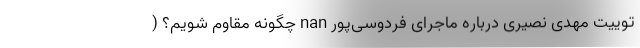
توییت مهدی نصیری درباره ماجرای فردوسی‌پور nan چگونه مقاوم شویم؟ (